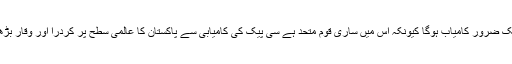
سی پیک ضرور کامیاب ہوگا کیونکہ اس میں ساری قوم متحد ہے سی پیک کی کامیابی سے پاکستان کا عالمی سطح پر کردرا اور وقار بڑھے گا۔